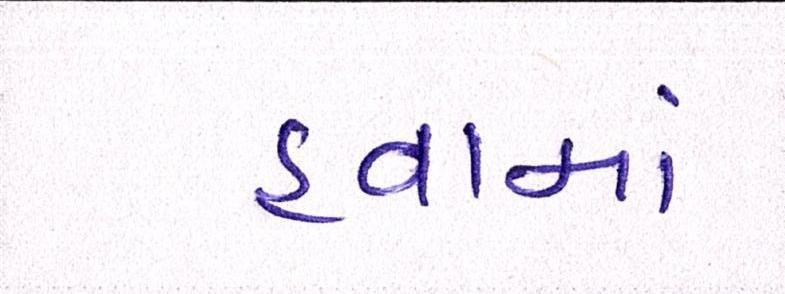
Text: હવામાં